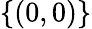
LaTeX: \{ (0,0)\}